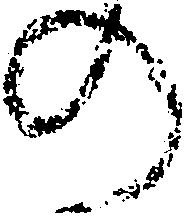
の